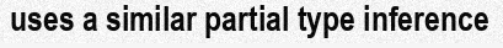
uses a similar partial type inference